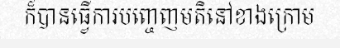
ក៏បានធ្វើការបញ្ចេញមតិនៅខាងក្រោម